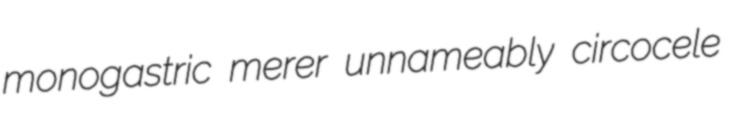
monogastric merer unnameably circocele